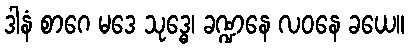
ဒါနံ စာဂေ မဒေ သုဒ္ဓေ၊ ခဏ္ဍနေ လဝနေ ခယေ။